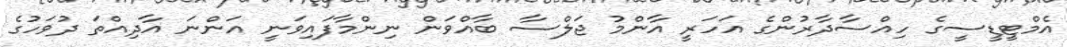
އެމްޓީޑީސީގެ ހިއްސާދާރުންގެ އަހަރީ އާންމު ޖަލްސާ ބާއްވަން ނިންމާފައިވަނީ އަންނަ އާދިއްތަ ދުވަހުގެ